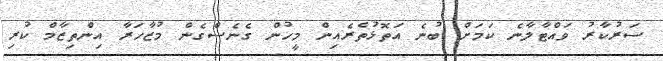
ސަރުކާރު ވައްޓާލާނެ ކަމަށް ބުނެ އަތޮޅުތެރެއިން މީހުން ގެނެސްގެން މުޒާހަރާ އިންތިޒާމް ކުރި